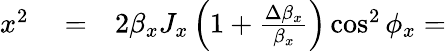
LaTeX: \begin{array}{rlr}{x^{2}}&{{}=}&{2\beta_{x}J_{x}\left(1+\frac{\Delta\beta_{x}}{\beta_{x}}\right)\cos^{2}\phi_{x}=}\end{array}